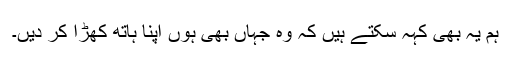
ہم یہ بھی کہہ سکتے ہیں کہ وہ جہاں بھی ہوں اپنا ہاتھ کھڑا کر دیں۔